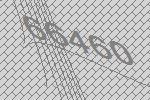
66460